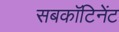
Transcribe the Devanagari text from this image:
सबकॉटिनेंट